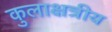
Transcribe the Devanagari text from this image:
कुलाक्षत्रीय